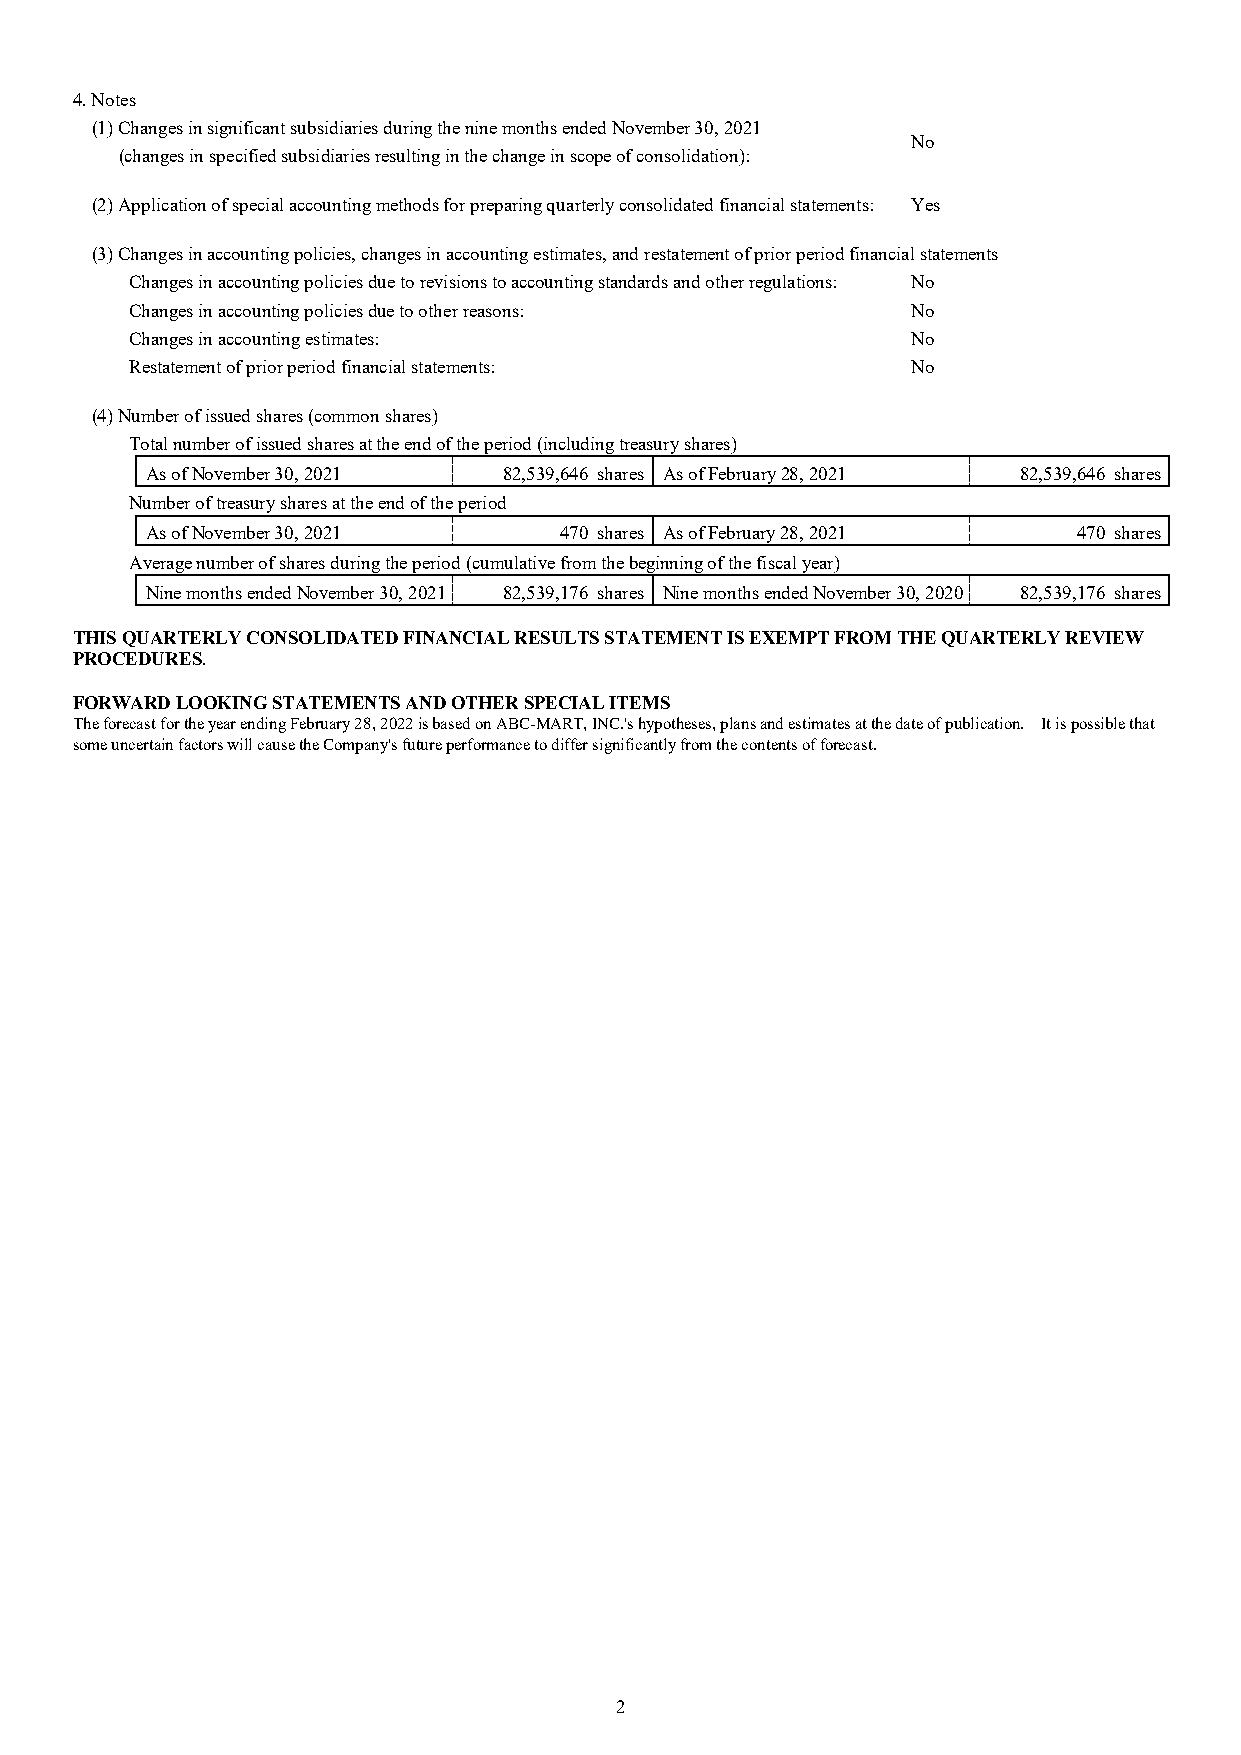
4. Notes
 (1) Changes in significant subsidiaries during the nine months ended November 30, 2021
 No
 (changes in specified subsidiaries resulting in the change in scope of consolidation):
 (2) Application of special accounting methods for preparing quarterly consolidated financial statements: Yes
 (3) Changes in accounting policies, changes in accounting estimates, and restatement of prior period financial statements
 Changes in accounting policies due to revisions to accounting standards and other regulations: No
 Changes in accounting policies due to other reasons: No
 Changes in accounting estimates:                   No
 Restatement of prior period financial statements:  No
 (4) Number of issued shares (common shares)
 Total number of issued shares at the end of the period (including treasury shares)
 As of November 30, 2021 82,539,646 shares As of February 28, 2021 82,539,646 shares
 Number of treasury shares at the end of the period
 As of November 30, 2021    470 shares As of February 28, 2021 470 shares
 Average number of shares during the period (cumulative from the beginning of the fiscal year)
 Nine months ended November 30, 2021 82,539,176 shares Nine months ended November 30, 2020 82,539,176 shares
 THIS QUARTERLY CONSOLIDATED FINANCIAL RESULTS STATEMENT IS EXEMPT FROM THE QUARTERLY REVIEW
 PROCEDURES.
 FORWARD LOOKING STATEMENTS AND OTHER SPECIAL ITEMS
 The forecast for the year ending February 28, 2022 is based on ABC-MART, INC.'s hypotheses, plans and estimates at the date of publication. It is possible that
 some uncertain factors will cause the Company's future performance to differ significantly from the contents of forecast.
 2